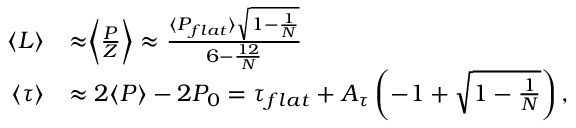
\begin{array} { r l } { \langle L \rangle } & { \approx \biggr \langle \frac { P } { Z } \biggr \rangle \approx \frac { \langle P _ { f l a t } \rangle \sqrt { 1 - \frac { 1 } { N } } } { 6 - \frac { 1 2 } { N } } } \\ { \langle \tau \rangle } & { \approx 2 \langle P \rangle - 2 P _ { 0 } = \tau _ { f l a t } + A _ { \tau } \left( - 1 + \sqrt { 1 - \frac { 1 } { N } } \right) , } \end{array}